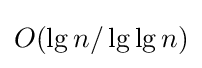
O(\lg n/\lg \lg n)